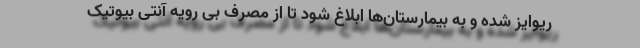
ریوایز شده و به بیمارستان‌ها ابلاغ شود تا از مصرف بی رویه آنتی بیوتیک